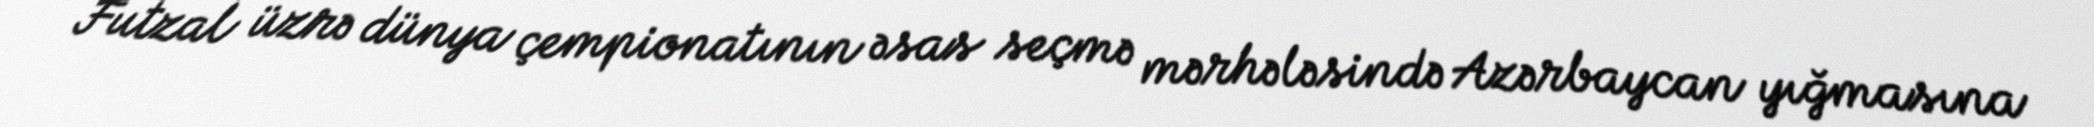
Futzal üzrə dünya çempionatının əsas seçmə mərhələsində Azərbaycan yığmasına